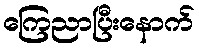
ကြေညာပြီးနောက်